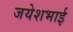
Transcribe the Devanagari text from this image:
जयेशभाई